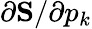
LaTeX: \partial\mathbf{S}/\partial p_{k}